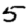
Digit: 5